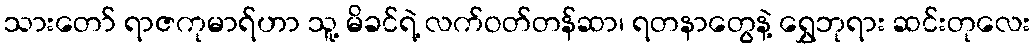
သားတော် ရာဇကုမာရ်ဟာ သူ့ မိခင်ရဲ့ လက်ဝတ်တန်ဆာ၊ ရတနာတွေနဲ့ ရွှေဘုရား ဆင်းတုလေး